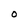
Character: O